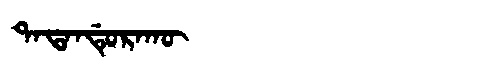
Manchu: ᡨᠠᡨᠠᠨᡩᡠᡵᠠᡴᡡ
Romanization: TATANDURAKŪ